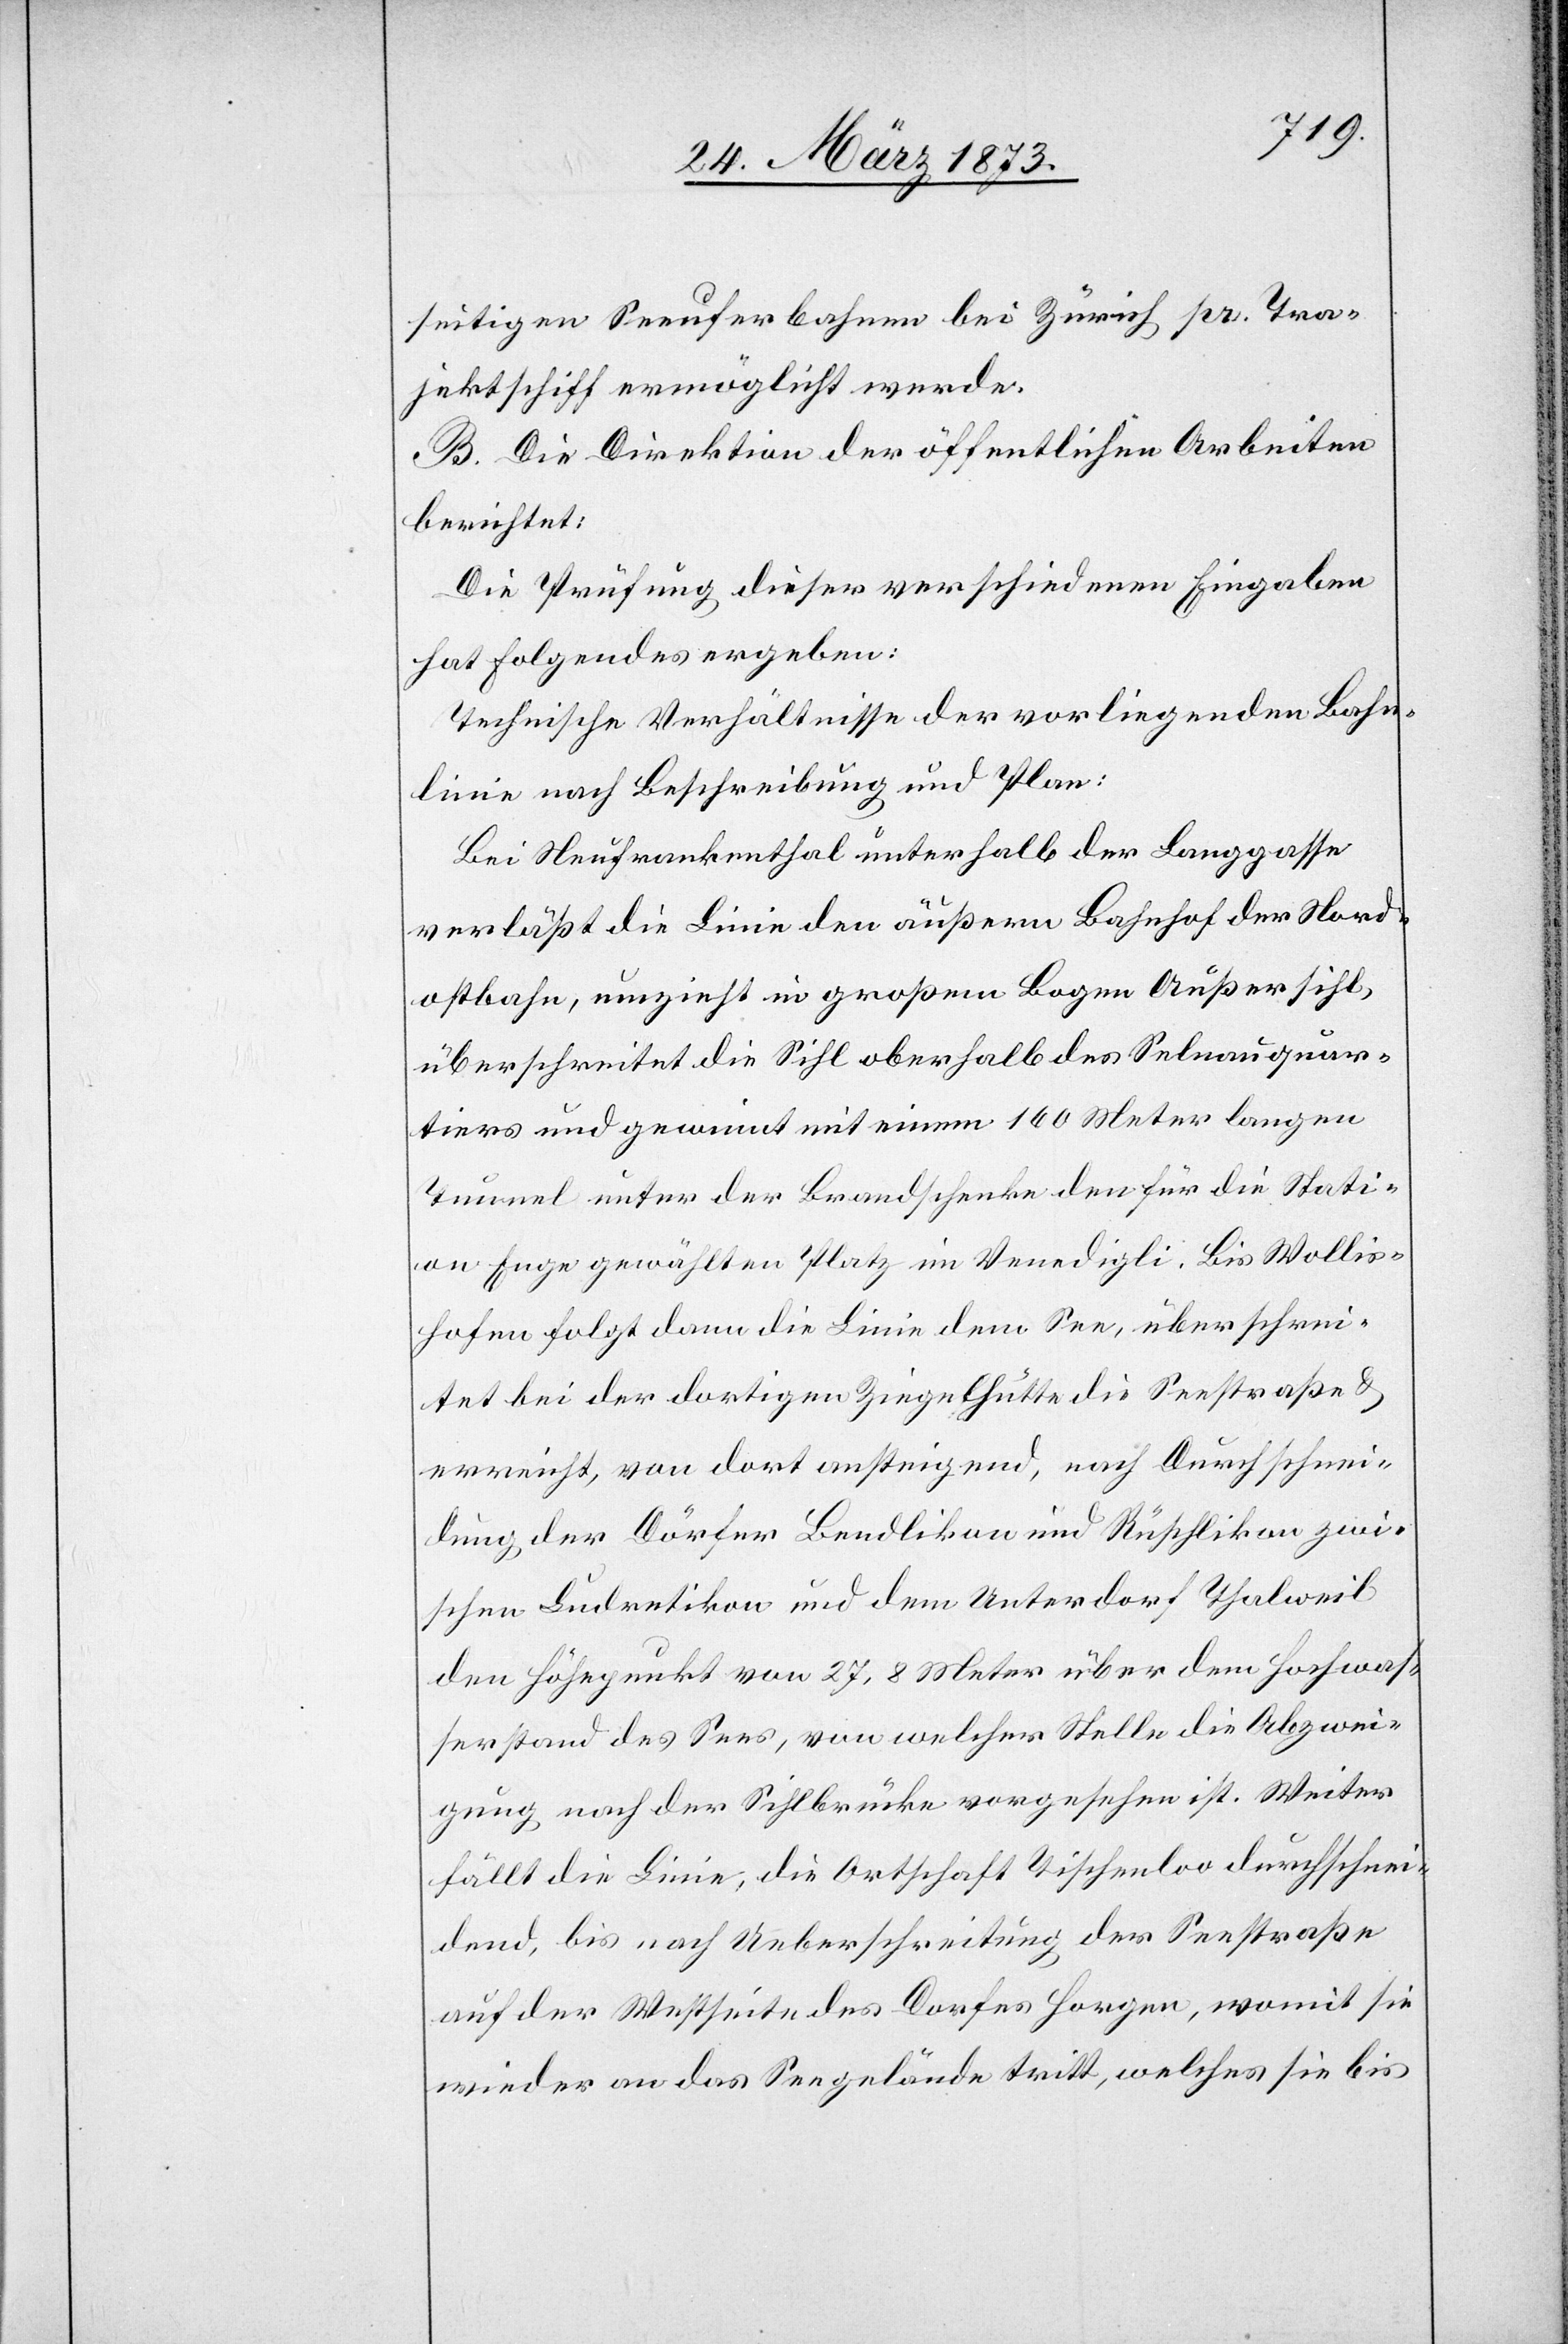
seitigen Seeuferbahnen bei Zürich pr. Tra¬
jektschiff ermöglicht werde.
B. Die Direktion der öffentlichen Arbeiten
berichtet:
Die Prüfung dieser verschiedenen Eingaben
hat Folgendes ergeben:
Technische Verhältnisse der vorliegenden Bahn¬
linie nach Beschreibung und Plan:
Bei Neufrankenthal unterhalb der Langgasse
verläßt die Linie den äußern Bahnhof der Nord¬
ostbahn, umzieht in großem Bogen Außersihl,
überschreitet die Sihl oberhalb des Selnauquar¬
tiers und gewinnt mit einem 160 Meter langen
Tunnel unter der Brandschenke den für die Stati¬
on Enge gewählten Platz im Venedigli. Bis Wollis¬
hofen folgt dann die Linie dem See, überschrei¬
tet bei der dortigen Ziegelhütte die Seestraße u.
erreicht, von dort ansteigend, nach Durchschnei¬
dung der Dörfer Bendlikon und Rüschlikon zwi¬
schen Ludretikon und dem Unterdorf Thalweil
den Höhepunkt von 27,8 Meter über dem Hochwas¬
serstand des Sees, von welcher Stelle die Abzwei¬
gung nach der Sihlbrücke vorgesehen ist. Weiter
fällt die Linie, die Ortschaft Tischenloo durchschnei¬
dend, bis nach Ueberschreitung der Seestraße
auf der Westseite des Dorfes Horgen, womit sie
wieder an das Seegelände tritt, welches sie bis